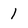
Character: 1